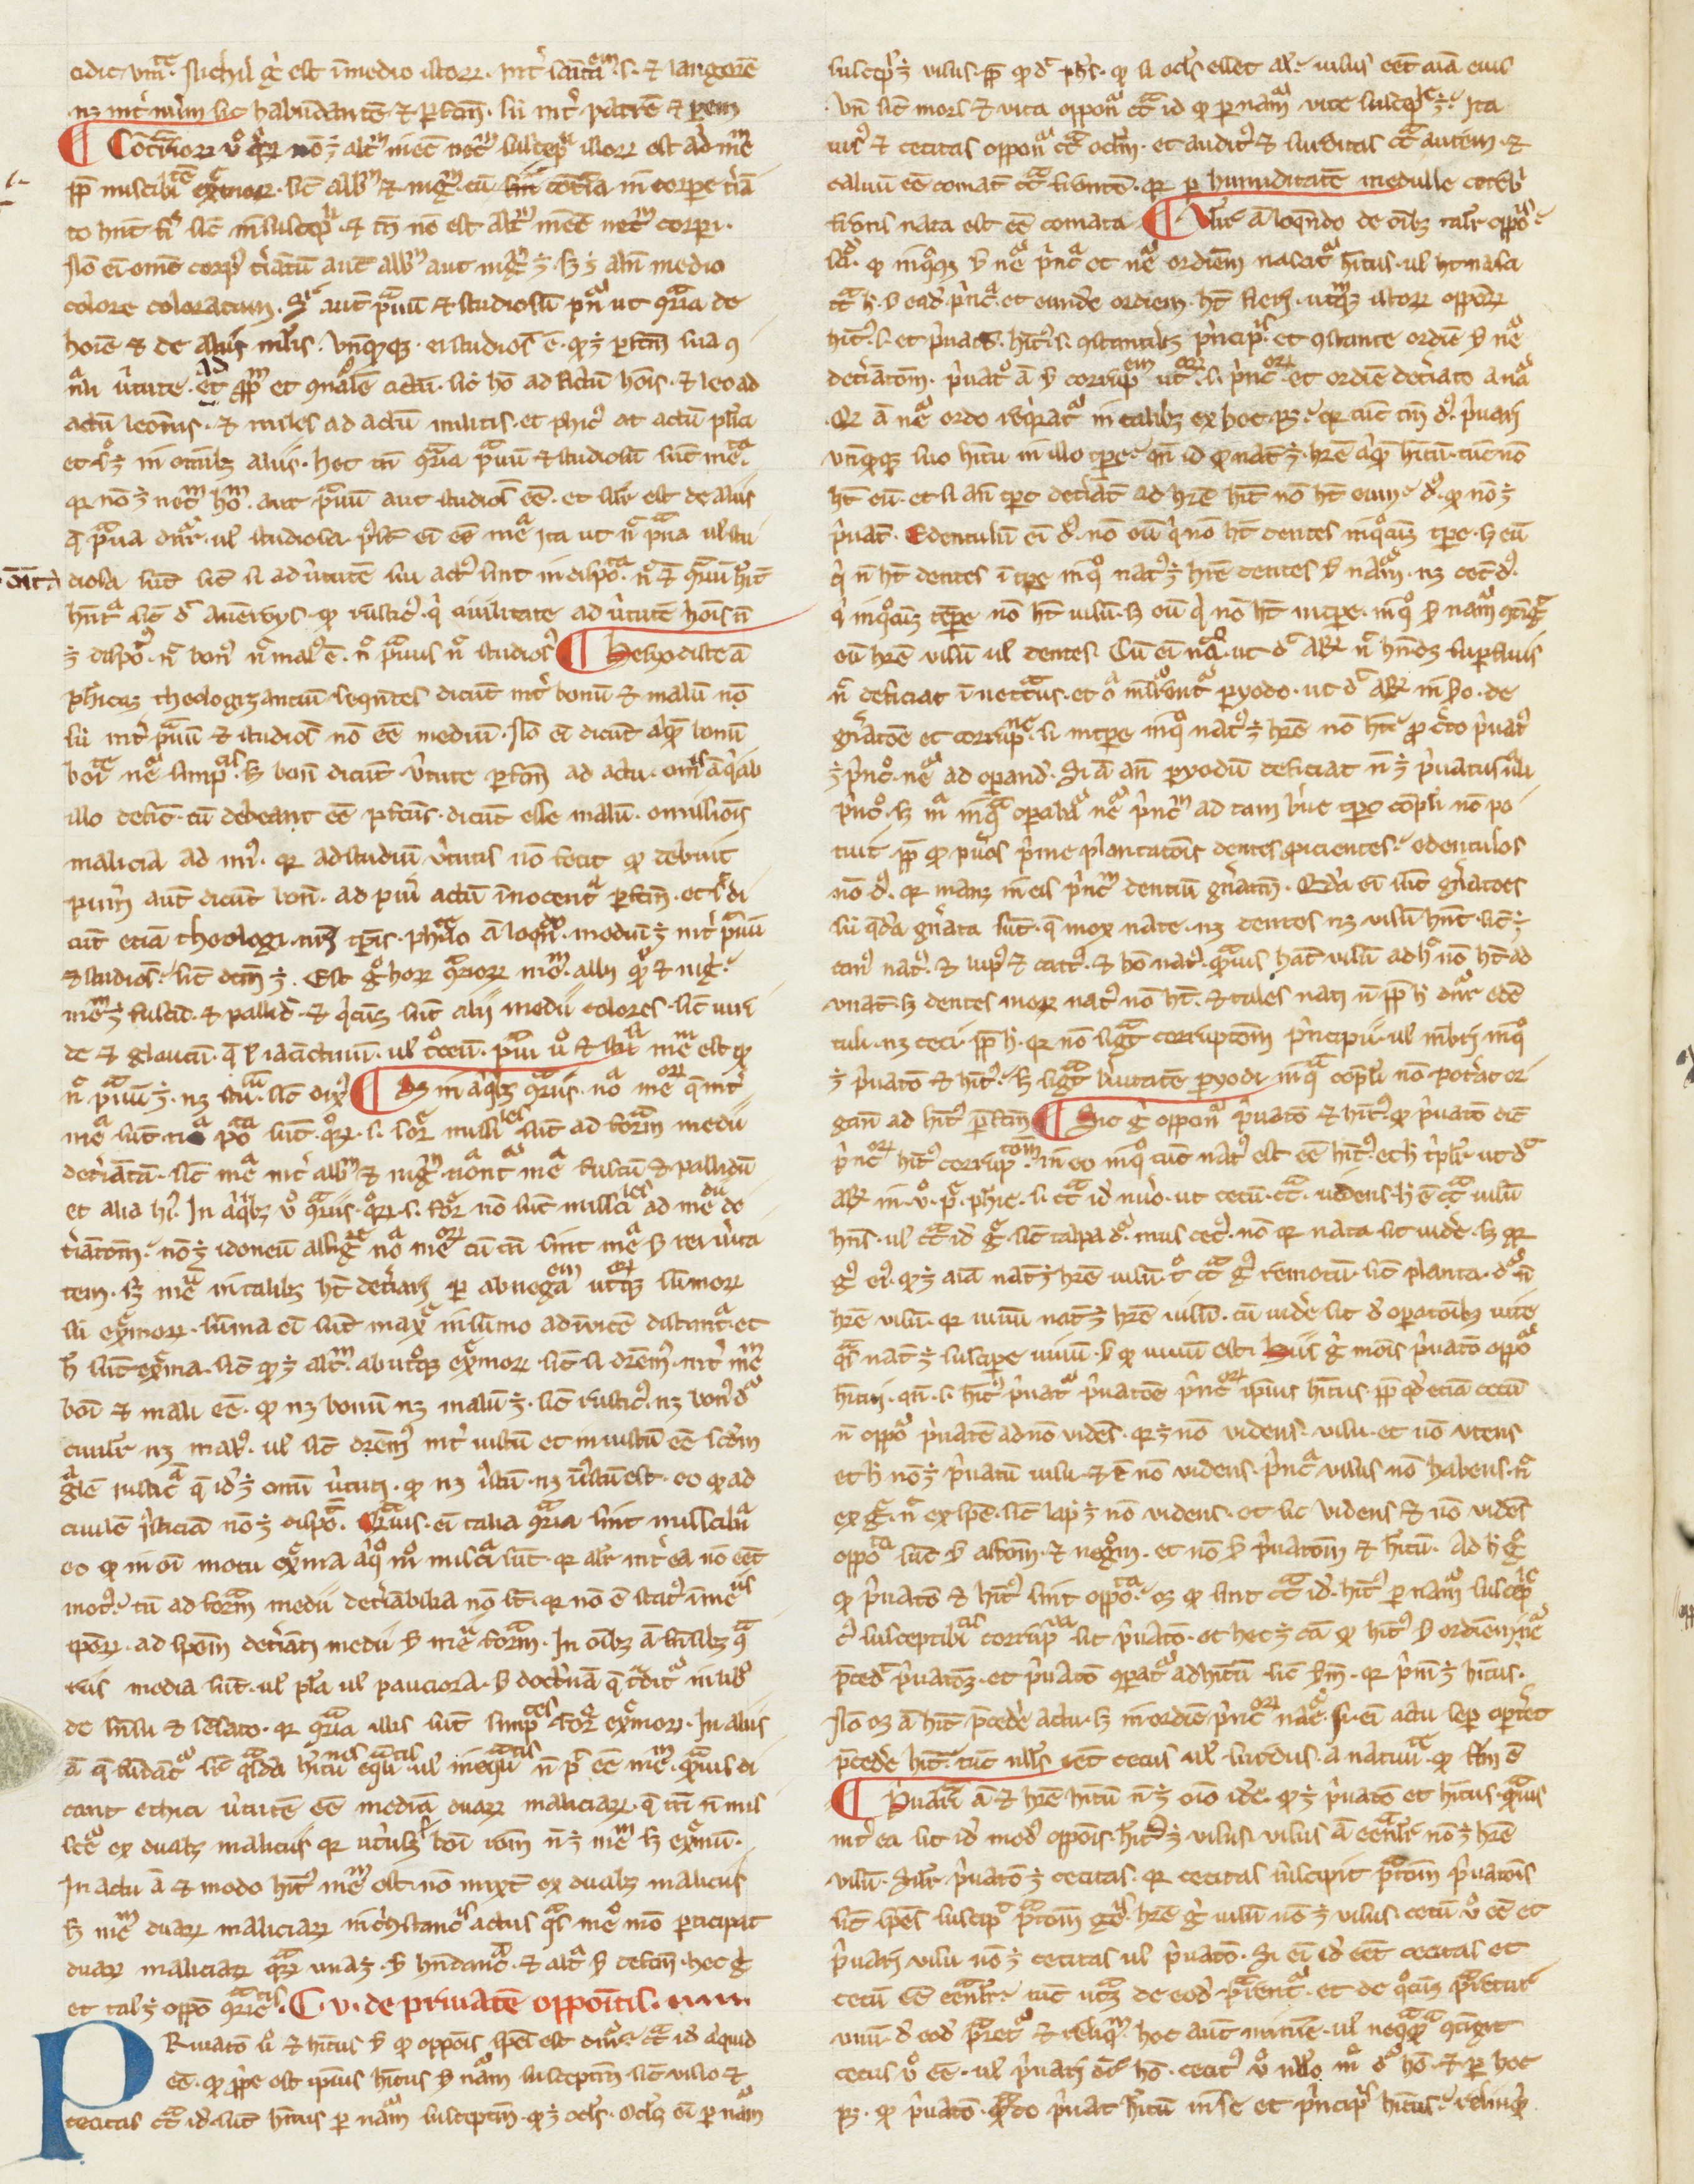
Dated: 1200–1399